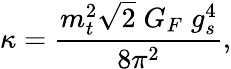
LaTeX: \kappa=\frac{m_{t}^{2}\sqrt{2}\; G_{F}\; g_{s}^{4}}{8\pi^{2}},